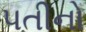
પતીનો